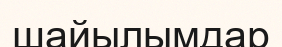
шайылымдар